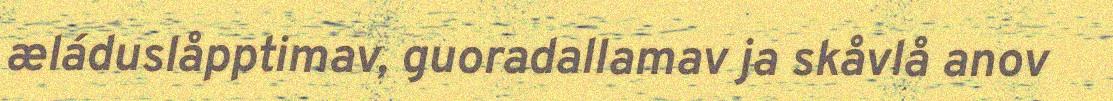
æláduslåpptimav, guoradallamav ja skåvlå anov